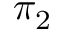
\pi _ { 2 }